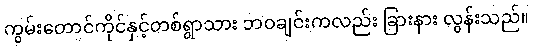
ကွမ်းတောင်ကိုင်နှင့်တစ်ရွာသား ဘဝချင်းကလည်း ခြားနား လွန်းသည်။